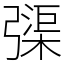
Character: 㣄